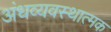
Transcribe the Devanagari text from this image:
अंधव्यवस्थात्मक